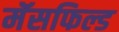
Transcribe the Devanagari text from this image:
मॅसफिल्ड